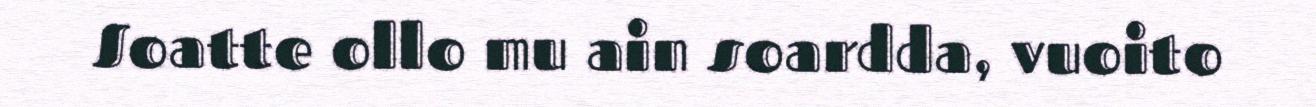
Soatte ollo mu ain soardda, vuoito